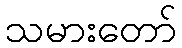
သမားတော်